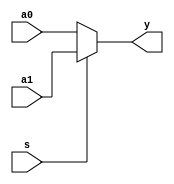
/************************************************
//322
************************************************/
module mux2x32 (a0,a1,s,y);
    input [31:0] a0, a1;//32
    input s;
    output [31:0] y;//
    assign y = s?a1:a0;//s==1a1a0
endmodule